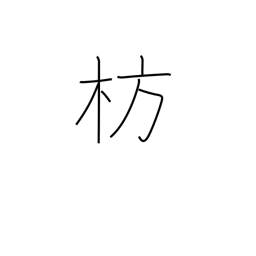
Meaning: boat